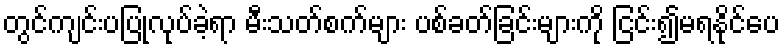
တွင်ကျင်းပပြုလုပ်ခဲ့ရာ မီးသတ်စက်များ ပစ်ခတ်ခြင်းများကို ငြင်း၍မရနိုင်ပေ